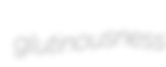
glutinousness